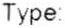
TYPE: